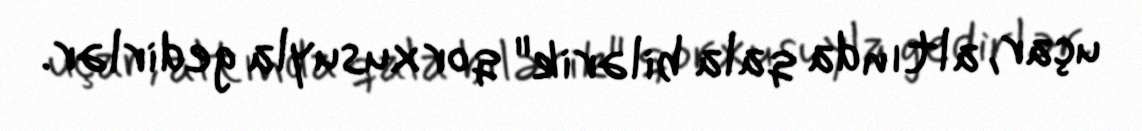
uçar, altında qala bilərik" qorxusuyla gedirlər.